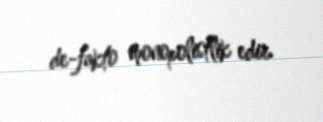
de-fakto monopolistlik edir.